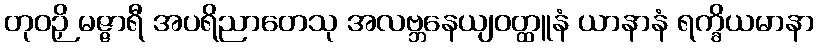
တုဝဉှိ မဇ္ဇာရီ အပရိညာတေသု အလဗ္ဘနေယျဝတ္ထူနံ ယာနာနံ ရက္ခိယမာနာ